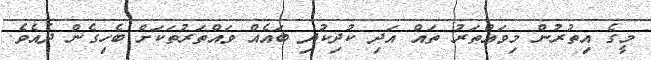
މީގެ އިތުރުން މިވައްތަރު ތައް އަދި ކުދިކުދި ބައެއް ވައްތަރުތަކަށް ބެހިގެން ދެއެވެ.